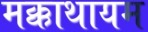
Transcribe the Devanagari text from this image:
मक्काथायम